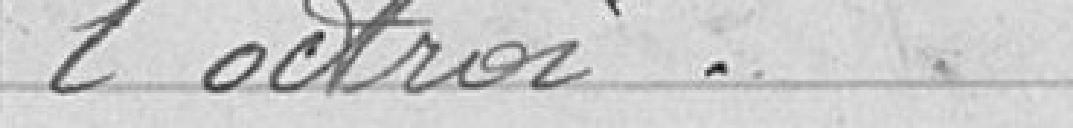
l'octroi.